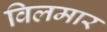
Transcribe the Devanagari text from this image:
विलमार